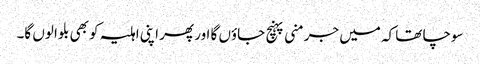
سوچا تھا کہ میں جرمنی پہنچ جاؤں گا اور پھر اپنی اہلیہ کو بھی بلوا لوں گا۔